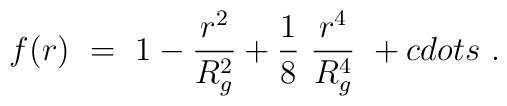
f(r)\ =\ 1-\frac{r^2}{R^2_g}+\frac18\ \frac{r^4}{R^4_g}\ +\\cdots\ .